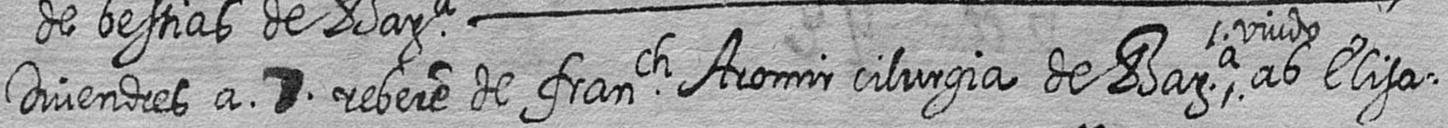
Divendres a 7 rebere de franch Aromir cilurgia de Bara viudo ab Elisa=